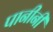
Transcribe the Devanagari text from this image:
पानीनी